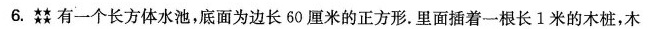
6.有一个长方体水池，底面为边长60厘米的正方形. 里面插着一根长1米的木桩，木